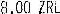
8.00 ZRL